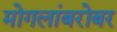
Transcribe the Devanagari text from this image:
मोगलांबरोबर